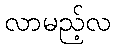
လာမည့်လ